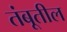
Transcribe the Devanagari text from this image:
तंबूतील